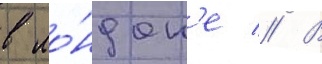
в ло́ндон'е // В